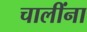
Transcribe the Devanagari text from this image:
चालींना